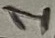
Text: 1